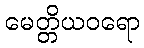
မေတ္တိယဝရော